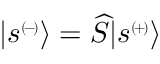
| { s } ^ { \scriptscriptstyle ( \! - \! ) } \rangle = \widehat { S } | { s } ^ { \scriptscriptstyle ( \! + \! ) } \rangle